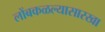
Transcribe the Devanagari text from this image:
लोंबकळल्यासारखा